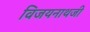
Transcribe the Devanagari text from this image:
विजयनाथजी